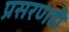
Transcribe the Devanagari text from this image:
प्रसरणही